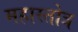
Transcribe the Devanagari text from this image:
महास्तोत्र